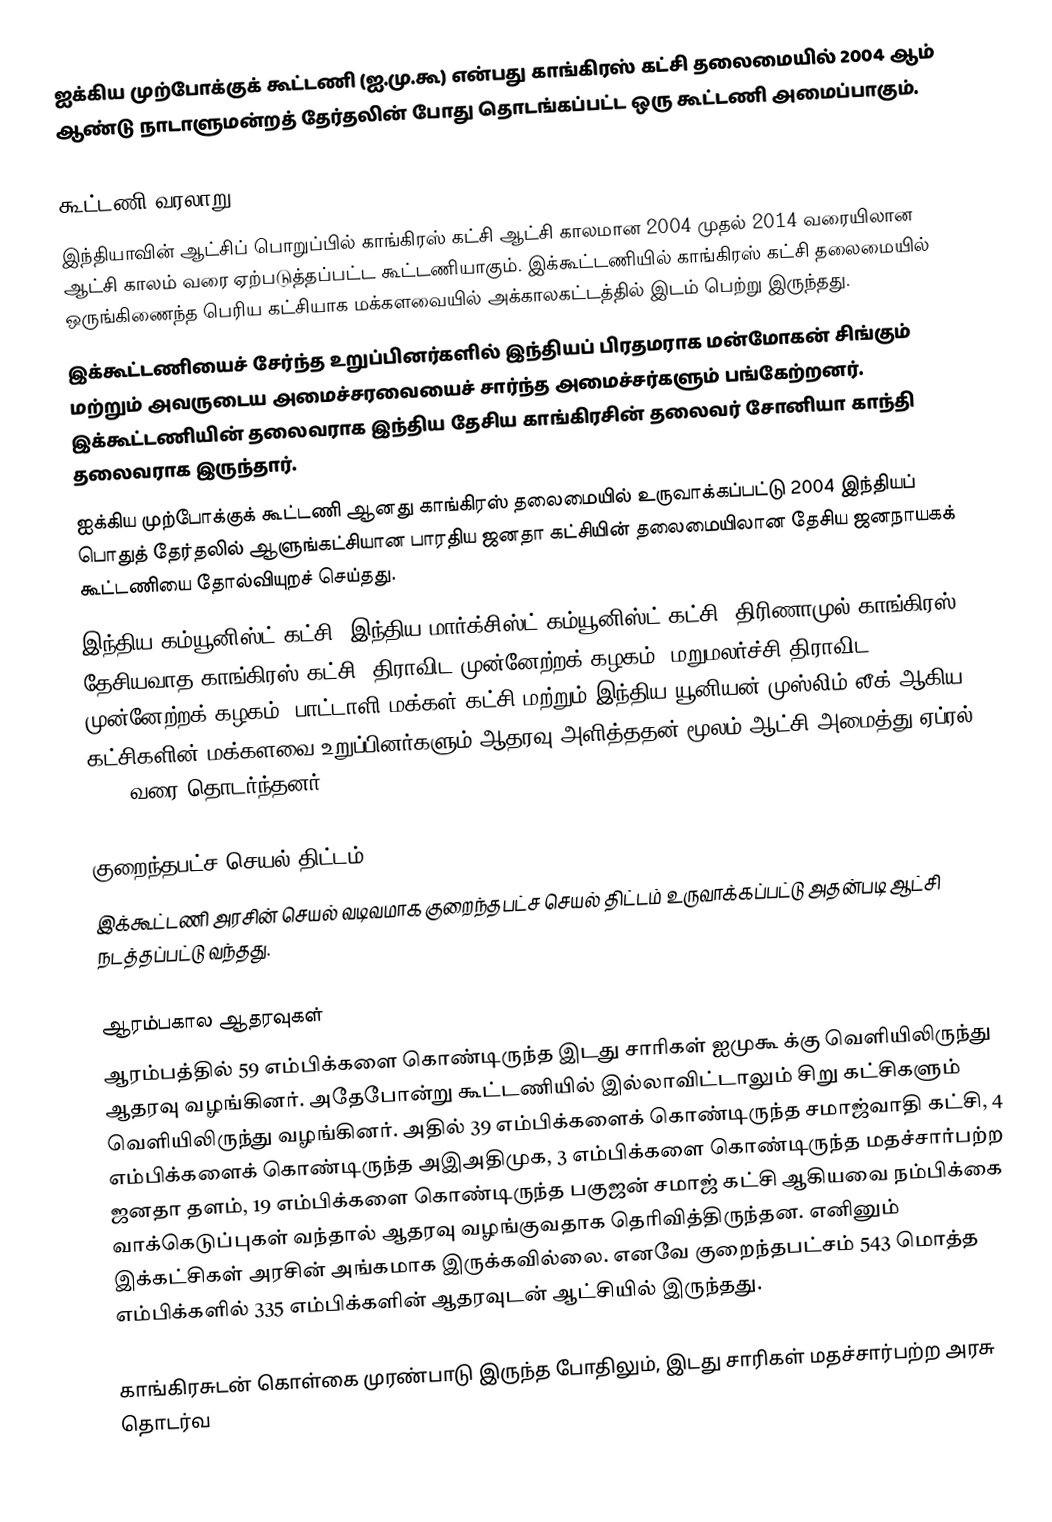
ஐக்கிய முற்போக்குக் கூட்டணி (ஐ.மு.கூ) என்பது காங்கிரஸ் கட்சி தலைமையில் 2004 ஆம் ஆண்டு நாடாளுமன்றத் தேர்தலின் போது தொடங்கப்பட்ட ஒரு கூட்டணி அமைப்பாகும்.

கூட்டணி வரலாறு
 இந்தியாவின் ஆட்சிப் பொறுப்பில் காங்கிரஸ் கட்சி ஆட்சி காலமான 2004 முதல் 2014 வரையிலான ஆட்சி காலம் வரை ஏற்படுத்தப்பட்ட கூட்டணியாகும். இக்கூட்டணியில் காங்கிரஸ் கட்சி தலைமையில் ஒருங்கிணைந்த பெரிய கட்சியாக மக்களவையில் அக்காலகட்டத்தில் இடம் பெற்று இருந்தது.
 இக்கூட்டணியைச் சேர்ந்த உறுப்பினர்களில் இந்தியப் பிரதமராக மன்மோகன் சிங்கும் மற்றும் அவருடைய அமைச்சரவையைச் சார்ந்த அமைச்சர்களும் பங்கேற்றனர். இக்கூட்டணியின் தலைவராக இந்திய தேசிய காங்கிரசின் தலைவர் சோனியா காந்தி தலைவராக இருந்தார்.
 ஐக்கிய முற்போக்குக் கூட்டணி ஆனது காங்கிரஸ் தலைமையில் உருவாக்கப்பட்டு 2004 இந்தியப் பொதுத் தேர்தலில் ஆளுங்கட்சியான பாரதிய ஜனதா கட்சியின் தலைமையிலான தேசிய ஜனநாயகக் கூட்டணியை தோல்வியுறச் செய்தது.
 இந்திய கம்யூனிஸ்ட் கட்சி, இந்திய மார்க்சிஸ்ட் கம்யூனிஸ்ட் கட்சி, திரிணாமுல் காங்கிரஸ், தேசியவாத காங்கிரஸ் கட்சி, திராவிட முன்னேற்றக் கழகம், மறுமலர்ச்சி திராவிட முன்னேற்றக் கழகம், பாட்டாளி மக்கள் கட்சி மற்றும் இந்திய யூனியன் முஸ்லிம் லீக் ஆகிய கட்சிகளின் மக்களவை உறுப்பினர்களும் ஆதரவு அளித்ததன் மூலம் ஆட்சி அமைத்து ஏப்ரல் 2014 வரை தொடர்ந்தனர்.

குறைந்தபட்ச செயல் திட்டம்
 இக்கூட்டணி அரசின் செயல் வடிவமாக குறைந்தபட்ச செயல் திட்டம் உருவாக்கப்பட்டு அதன்படி ஆட்சி நடத்தப்பட்டு வந்தது.

ஆரம்பகால ஆதரவுகள்
ஆரம்பத்தில் 59 எம்பிக்களை கொண்டிருந்த இடது சாரிகள் ஐமுகூ க்கு வெளியிலிருந்து ஆதரவு வழங்கினர். அதேபோன்று கூட்டணியில் இல்லாவிட்டாலும் சிறு கட்சிகளும் வெளியிலிருந்து வழங்கினர். அதில் 39 எம்பிக்களைக் கொண்டிருந்த சமாஜ்வாதி கட்சி, 4 எம்பிக்களைக் கொண்டிருந்த அஇஅதிமுக, 3 எம்பிக்களை கொண்டிருந்த மதச்சார்பற்ற ஜனதா தளம், 19 எம்பிக்களை கொண்டிருந்த பகுஜன் சமாஜ் கட்சி ஆகியவை நம்பிக்கை வாக்கெடுப்புகள் வந்தால் ஆதரவு வழங்குவதாக தெரிவித்திருந்தன. எனினும் இக்கட்சிகள் அரசின் அங்கமாக இருக்கவில்லை. எனவே குறைந்தபட்சம் 543 மொத்த எம்பிக்களில் 335 எம்பிக்களின் ஆதரவுடன் ஆட்சியில் இருந்தது.

காங்கிரசுடன் கொள்கை முரண்பாடு இருந்த போதிலும், இடது சாரிகள் மதச்சார்பற்ற அரசு தொடர்வ